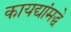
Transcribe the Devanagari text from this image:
कायद्यांमद्धे